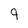
Character: 9